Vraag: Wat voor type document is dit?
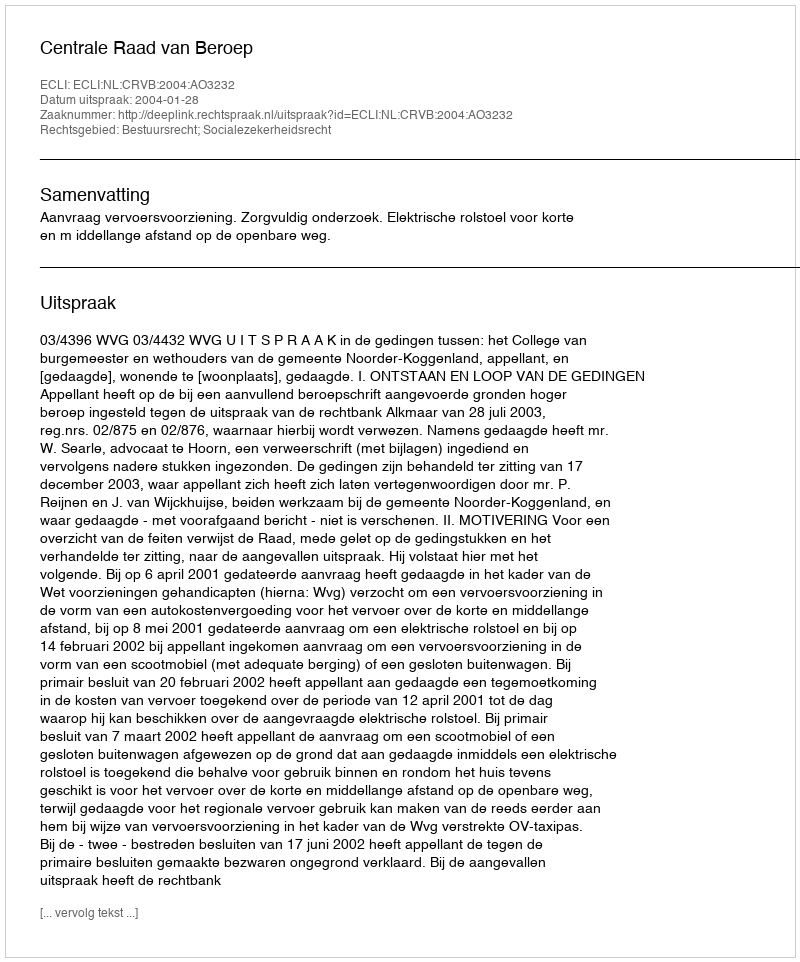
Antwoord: Uitspraak